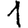
Digit: 1